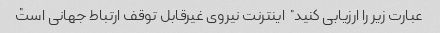
عبارت زیر را ارزیابی کنید "اینترنت نیروی غیرقابل توقف ارتباط جهانی است"